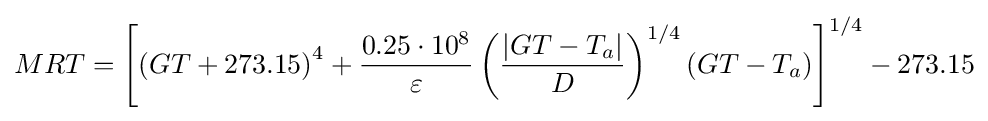
MRT=\left[\left(GT+273.15\right)^{4}+{\frac {0.25\cdot 10^{8}}{\varepsilon }}\left({\frac {|GT-T_{a}|}{D}}\right)^{1/4}(GT-T_{a})\right]^{1/4}-273.15